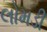
લોમડી